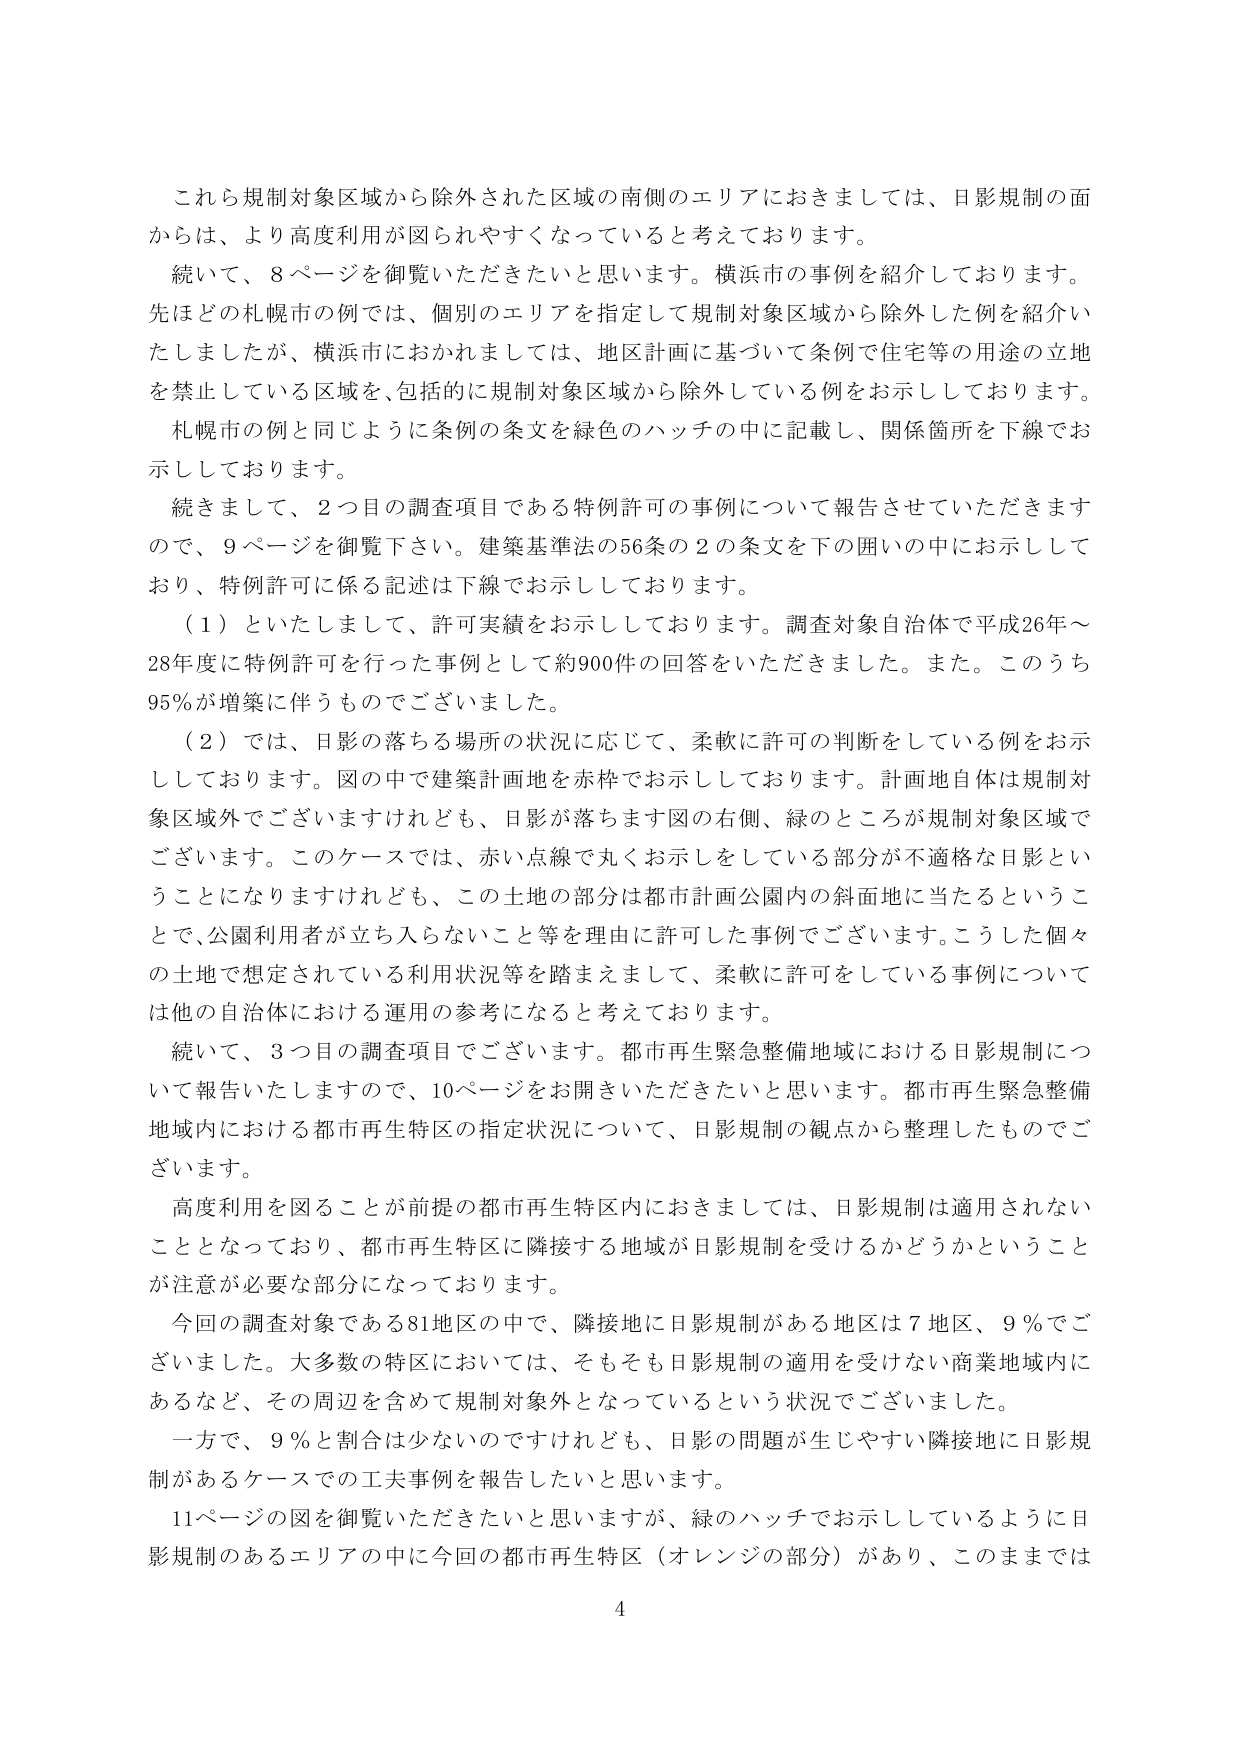
これら規制対象区域から除外された区域の南側のエリアにおきましては、日影規制の面
からは、より高度利用が図られやすくなっていると考えております。
続いて、8ページを御覧いただきたいと思います。横浜市の事例を紹介しております。
先ほどの札幌市の例では、個別のエリアを指定して規制対象区域から除外した例を紹介い
たしましたが、横浜市におかれましては、地区計画に基づいて条例で住宅等の用途の立地
を禁止している区域を、包括的に規制対象区域から除外している例をお示ししております。
札幌市の例と同じように条例の条文を緑色のハッチの中に記載し、関係箇所を下線でお
示ししております。
続きまして、2つ目の調査項目である特例許可の事例について報告させていただきます
ので、9ページを御覧下さい。建築基準法の56条の2の条文を下の囲いの中にご示しして
おり、特例許可に係る記述は下線でご示ししております。
（1）といたしまして、許可実績をお示ししております。調査対象自治体で平成26年～
28年度に特例許可を行った事例として約900件の回答をいただきました。また。このうち
95％が増築に伴うものでございました。
（2）では、日影の落ちる場所の状況に応じて、柔軟に許可の判断をしている例をお示
ししております。図の中で建築計画地を赤枠でお示ししております。計画地自体は規制対
象区域外でございますけれども、日影が落ちます図の右側、緑のところが規制対象区域で
ございます。このケースでは、赤い点線で丸くお示しをしている部分が不適格な日影とい
うことになりますけれども、この土地の部分は都市計画公園内の斜面地に当たるというこ
とで、公園利用者が立ち入らないこと等を理由に許可した事例でございます。こうした個々
の土地で想定されている利用状況等を踏まえまして、柔軟に許可をしている事例について
は他の自治体における運用の参考になると考えております。
続いて、3つ目の調査項目でございます。都市再生緊急整備地域における日影規制につ
いて報告いたしますので、10ページをお開きいただきたいと思います。都市再生緊急整備
地域内における都市再生特区の指定状況について、日影規制の観点から整理したものでご
ざいます。
高度利用を図ることが前提の都市再生特区内におきましては、日影規制は適用されない
こととなっており、都市再生特区に隣接する地域が日影規制を受けるかどうかということ
が注意が必要な部分になっております。
今回の調査対象である81地区の中で、隣接地に日影規制がある地区は7地区、9％でご
ざいました。大多数の特区においては、そもそも日影規制の適用を受けない商業地域内に
あるなど、その周辺を含めて規制対象外となっているという状況でございました。
一方で、9％と割合は少ないのですけれども、日影の問題が生じやすい隣接地に日影規
制があるケースでの工夫事例を報告したいと思います。
11ページの図を御覧いただきたいと思いますが、緑のハッチでお示ししているように日
影規制のあるエリアの中に今回の都市再生特区（オレンジの部分）があり、このままでは
4